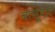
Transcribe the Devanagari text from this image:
बालूदार